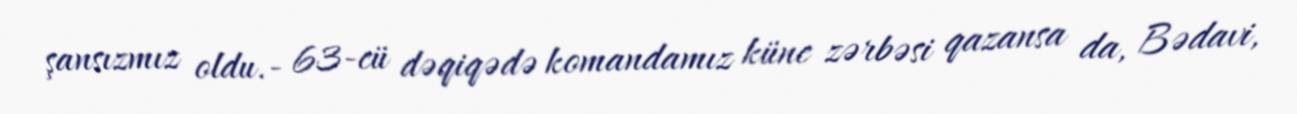
şansızmız oldu.- 63-cü dəqiqədə komandamız künc zərbəsi qazansa da, Bədavi,